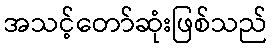
အသင့်တော်ဆုံးဖြစ်သည်